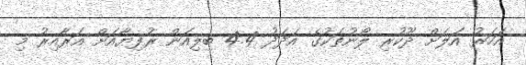
އަހަރު އަލަށް ދޫކުރި ލޯނުތަކުގެ އަދަދު 4.4 ބިލިއަން ރުފިޔާއަށް އަރާއިރު މި